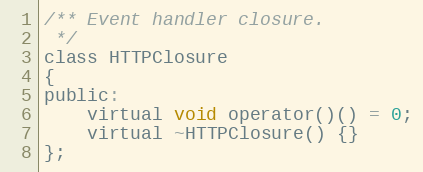
Language: C
/** Event handler closure.
 */
class HTTPClosure
{
public:
    virtual void operator()() = 0;
    virtual ~HTTPClosure() {}
};